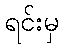
ရင်းမှ